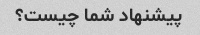
پیشنهاد شما چیست؟